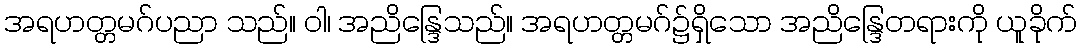
အရဟတ္တမဂ်ပညာ သည်။ ဝါ၊ အညိန္ဒြေသည်။ အရဟတ္တမဂ်၌ရှိသော အညိန္ဒြေတရားကို ယူခိုက်